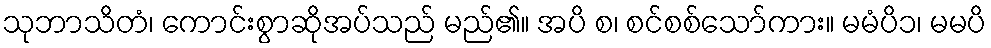
သုဘာသိတံ၊ ကောင်းစွာဆိုအပ်သည် မည်၏။ အပိ စ၊ စင်စစ်သော်ကား။ မမံပိ၁၊ မမပိ